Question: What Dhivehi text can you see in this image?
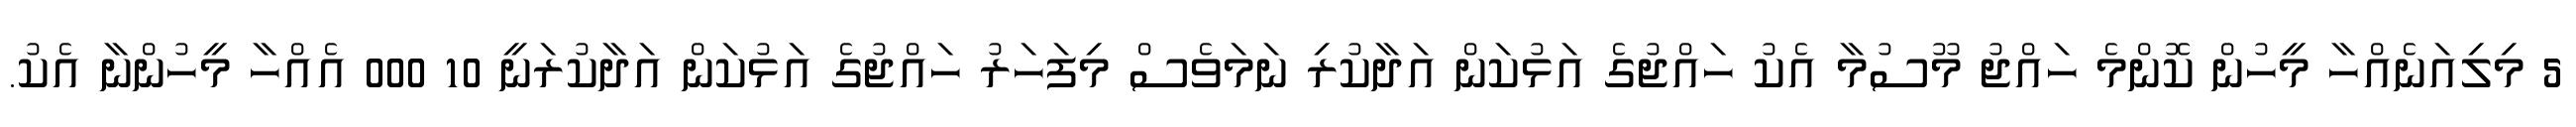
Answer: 5 މިލިއަނެއްހާ މީހުން ކޮންމެ ހައްޖު މޫސުމާ އެކު ހައްޖުގެ އަޅުކަން އަދާކުރި ނަމަވެސް މިފަހަރު ހައްޖުގެ އަޅުކަން އަދާކުރަނީ 10 000 އެއްހާ މީހުންނާ އެކު.